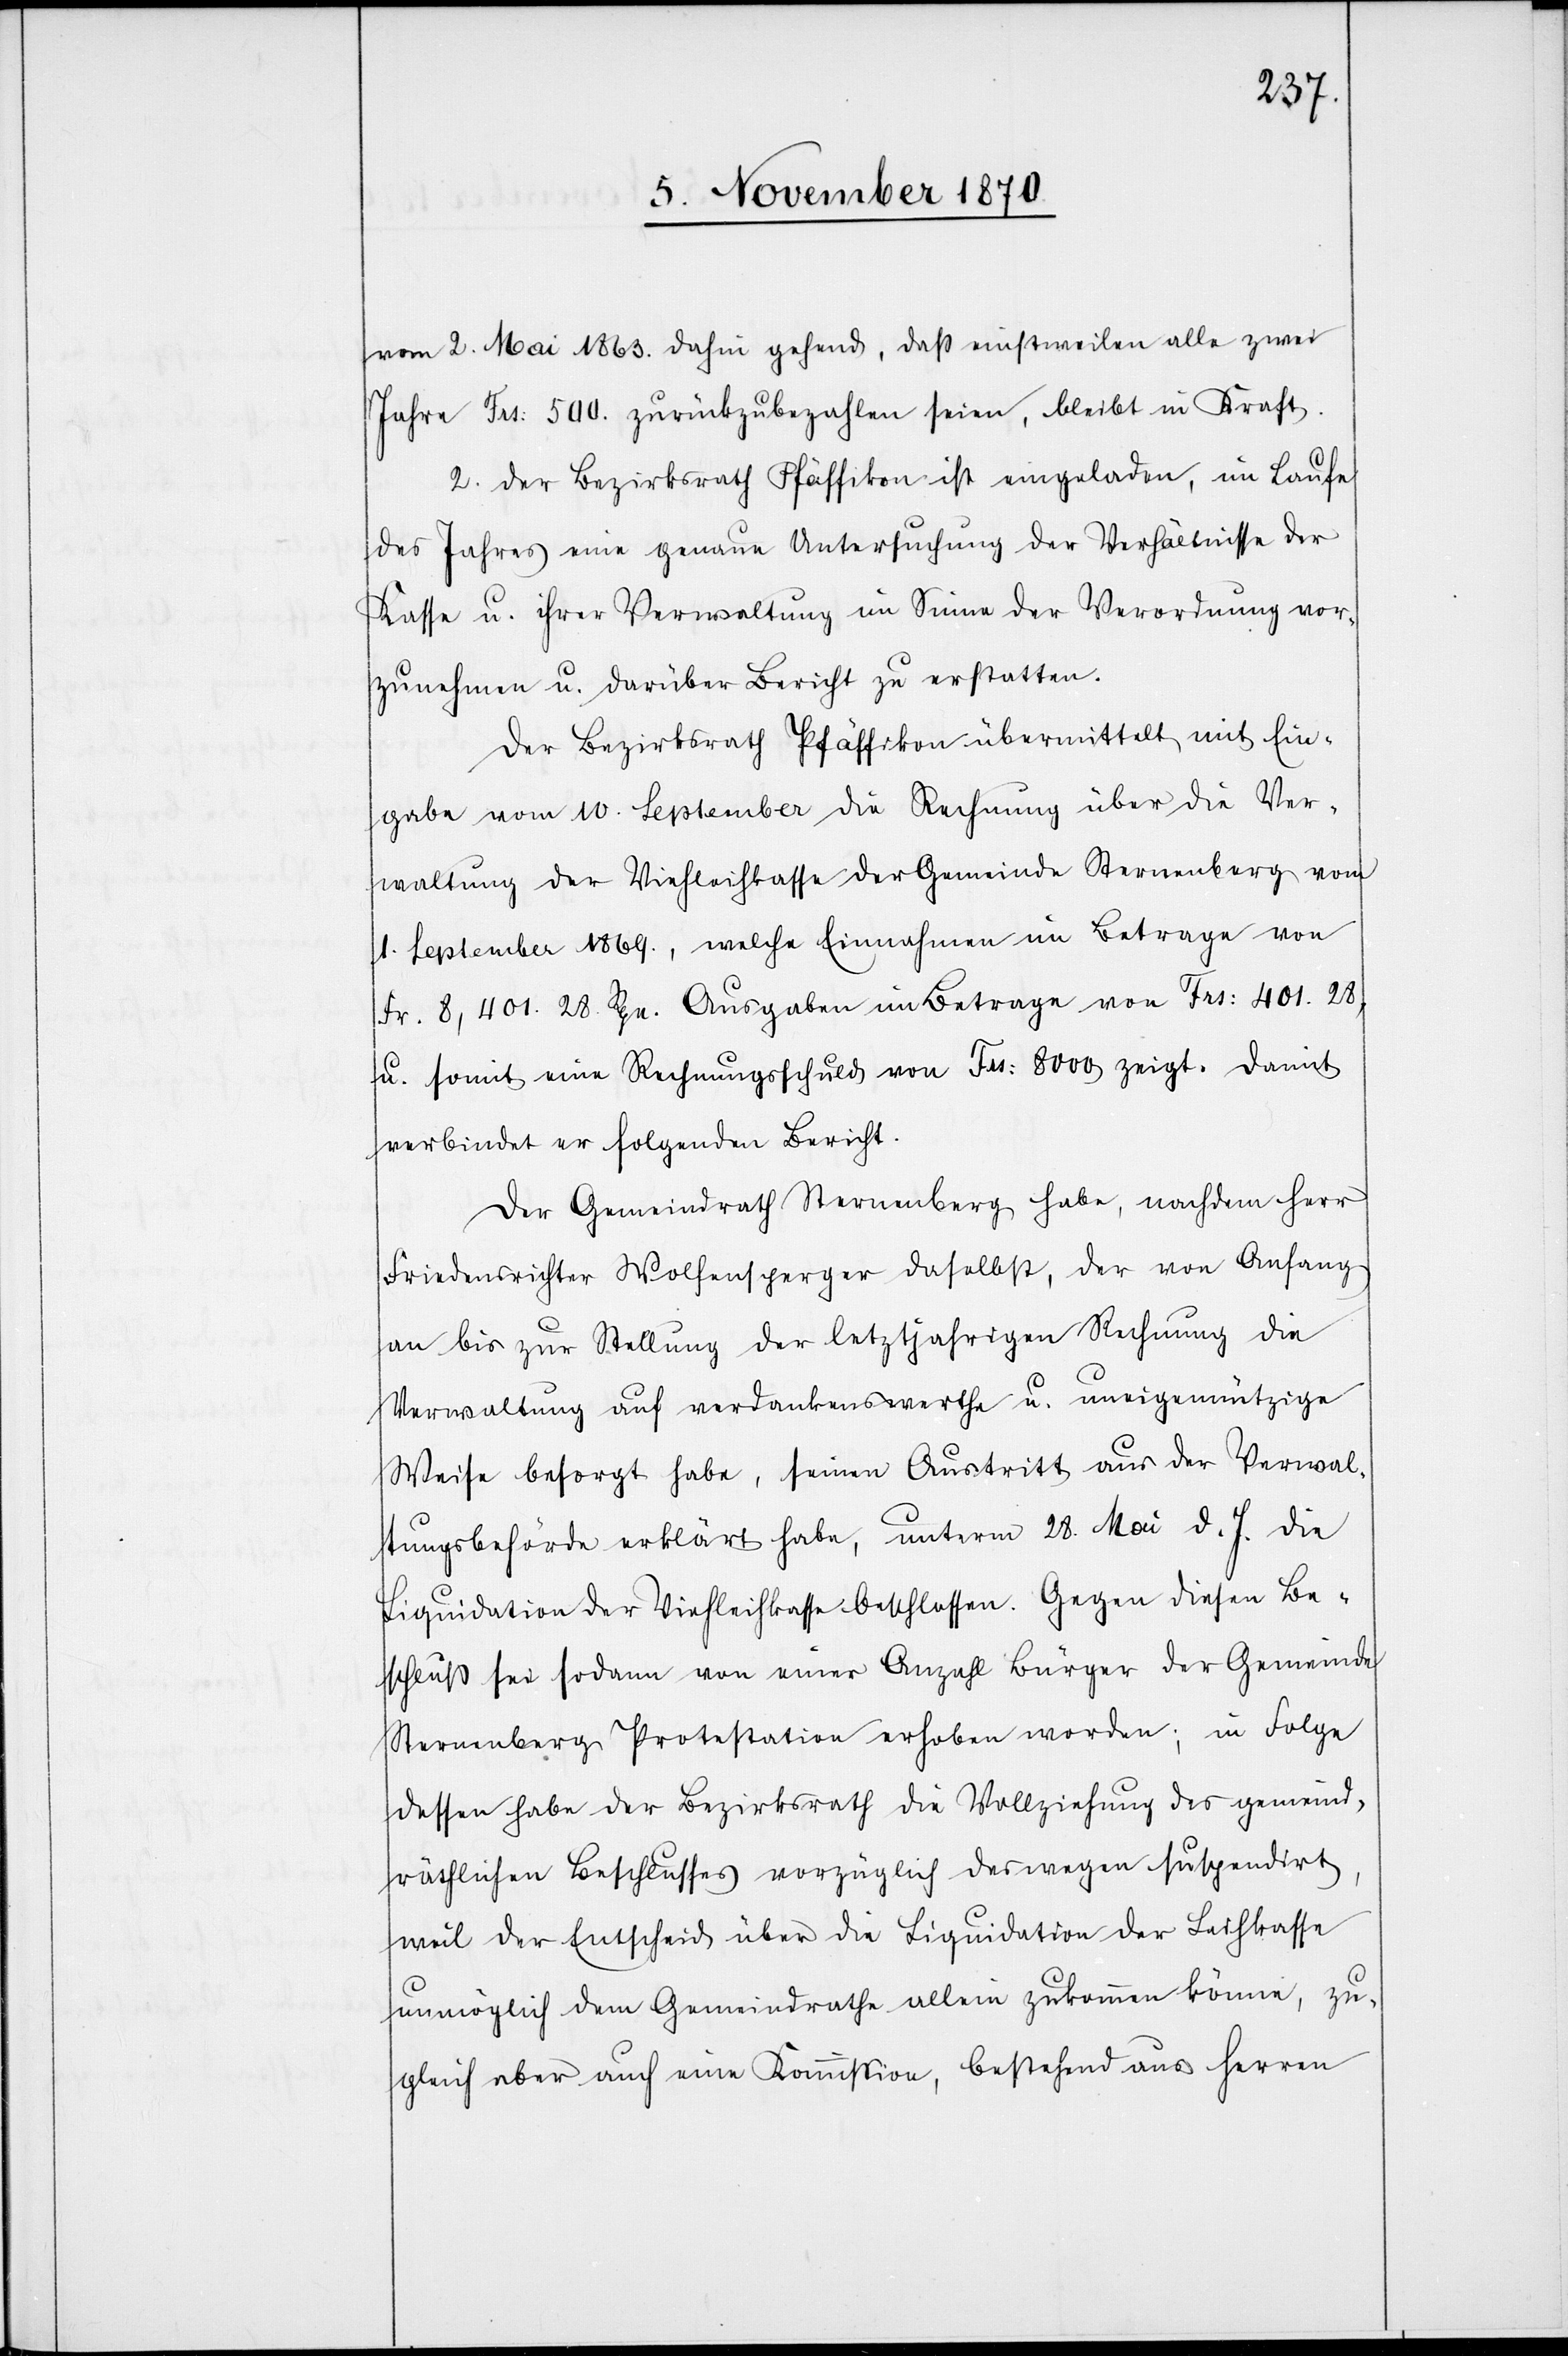
vom 2. Mai 1863. dahin gehend, daß einstweilen alle zwei
Jahre Frs: 500. zurückzubezahlen seien, bleibt in Kraft.
2. Der Bezirksrath Pfäffikon ist eingeladen, im Laufe
des Jahres eine genaue Untersuchung der Verhältnisse der
Kasse u. ihrer Verwaltung im Sinne der Verordnung vor¬
zunehmen u. darüber Bericht zu erstatten.
Der Bezirksrath Pfäffikon übermittelt mit Ein¬
gabe vom 10. September die Rechnung über die Ver¬
waltung der Viehleihkasse der Gemeinde Sternenberg vom
1. September 1869., welche Einnahmen im Betrage von
Fr. 8,401. 28 Rpn. Ausgaben im Betrage von Frs: 401.28,
u. somit eine Rechnungsschuld von Frs: 8000 zeigt. Damit
verbindet er folgenden Bericht.
Der Gemeindrath Sternenberg habe, nachdem Herr
Friedensrichter Wolfensperger daselbst, der von Anfang
an bis zur Stellung der letztjährigen Rechnung die
Verwaltung auf verdankenswerthe u. uneigennützige
Weise besorgt habe, seinen Austritt aus der Verwal¬
tungsbehörde erklärt habe, unterm 28. Mai d. J. die
Liquidation der Viehleihkasse beschlossen. Gegen diesen Be¬
schluß sei sodann von einer Anzahl Bürger der Gemeinde
Sternenberg Protestation erhoben worden; in Folge
dessen habe der Bezirksrath die Vollziehung des gemeind¬
räthlichen Beschlusses vorzüglich deswegen suspendirt,
weil der Entscheid über die Liquidation der Leihkasse
unmöglich dem Gemeindrathe allein zukommen könne, zu¬
gleich aber auch eine Kommission, bestehend aus Herren